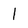
Character: 1